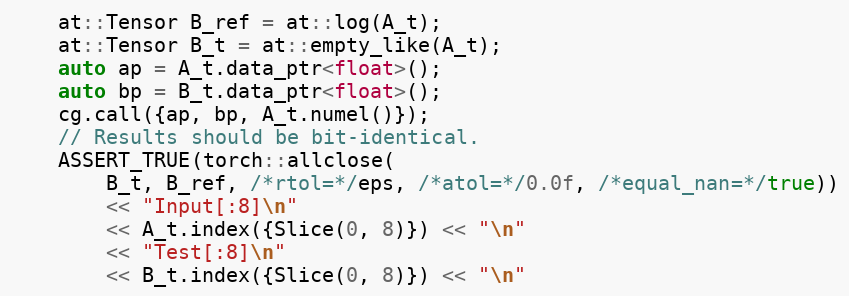
Language: C++
    at::Tensor B_ref = at::log(A_t);
    at::Tensor B_t = at::empty_like(A_t);
    auto ap = A_t.data_ptr<float>();
    auto bp = B_t.data_ptr<float>();
    cg.call({ap, bp, A_t.numel()});
    // Results should be bit-identical.
    ASSERT_TRUE(torch::allclose(
        B_t, B_ref, /*rtol=*/eps, /*atol=*/0.0f, /*equal_nan=*/true))
        << "Input[:8]\n"
        << A_t.index({Slice(0, 8)}) << "\n"
        << "Test[:8]\n"
        << B_t.index({Slice(0, 8)}) << "\n"